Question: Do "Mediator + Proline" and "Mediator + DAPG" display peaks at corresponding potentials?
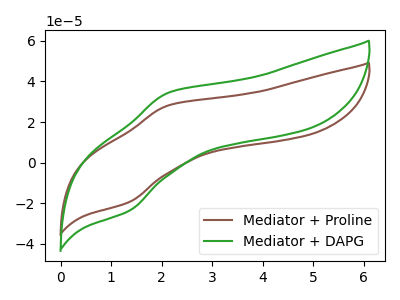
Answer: <think>The brown curve "Mediator + Proline" has an anodic peak at (2.15V, 28.20uA) and a cathodic peak at (1.35V, -19.30uA). The green curve "Mediator + DAPG" has an anodic peak at (2.15V, 34.40uA) and a cathodic peak at (1.35V, -23.60uA).</think>
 <answer>Yes, "Mediator + Proline" have a peak in "Mediator + DAPG" at the same potential.</answer>
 <eval>match</eval>